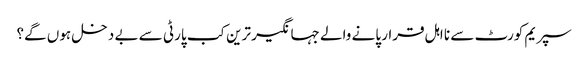
سپریم کورٹ سے نا اہل قرار پانے والے جہانگیر ترین کب پارٹی سے بے دخل ہوں گے؟